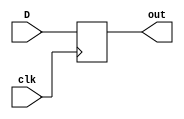
module dff (
  input wire D,
  input wire clk,
  output reg out
);

always @(posedge clk) begin //  out  
  out<=D;
end
endmodule